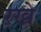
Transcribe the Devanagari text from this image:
ऱखे